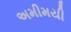
અમીમયી